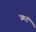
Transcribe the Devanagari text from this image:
उगाईं